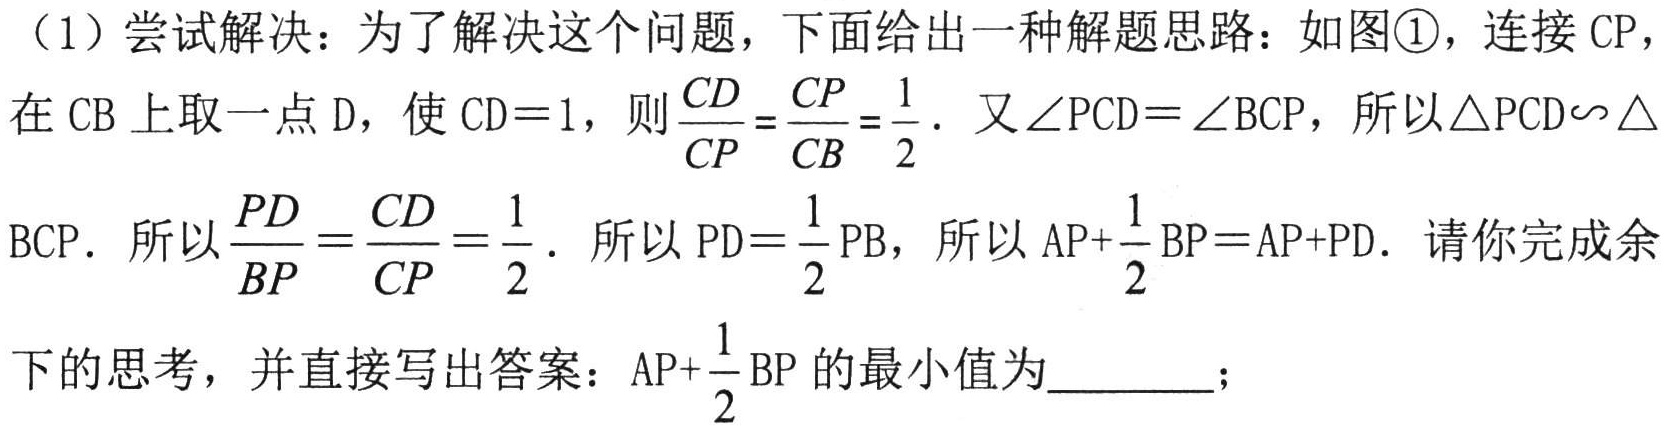
（1）尝试解决：为了解决这个问题，下面给出一种解题思路：如图\textcircled{1}，连接 \(CP\)，在 \(CB\) 上取一点 \(D\)，使 \(CD = 1\)，则 \(\frac{CD}{CP}=\frac{CP}{CB}=\frac{1}{2}\). 又 \(\angle PCD=\angle BCP\)，所以 \(\triangle PCD\sim\triangle BCP\). 所以 \(\frac{PD}{BP}=\frac{CD}{CP}=\frac{1}{2}\). 所以 \(PD = \frac{1}{2}PB\)，所以 \(AP+\frac{1}{2}BP = AP + PD\). 请你完成余下的思考，并直接写出答案：\(AP+\frac{1}{2}BP\) 的最小值为  ；